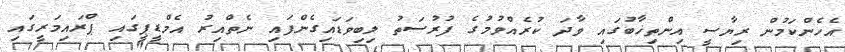
އެހެންކަމުން ރިޔާސީ އިންތިޚާބުގައި ވާދަ ކުރެއްވުމުގެ ފުރުސަތު ލިބިވަޑައިގެންފައި ނެތްއިރު އެމްޑީޕީގައި ޕްރައިމަރީގައި